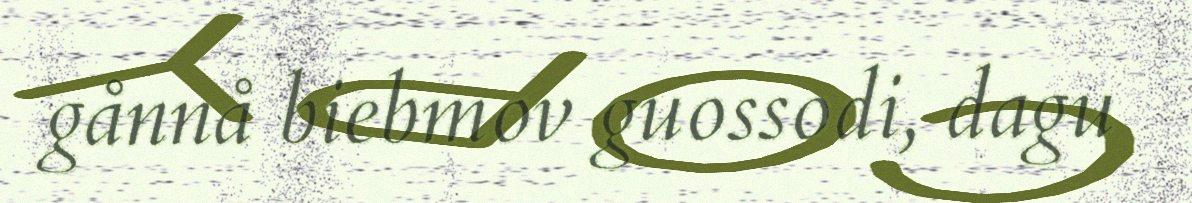
gånnå biebmov guossodi, dagu